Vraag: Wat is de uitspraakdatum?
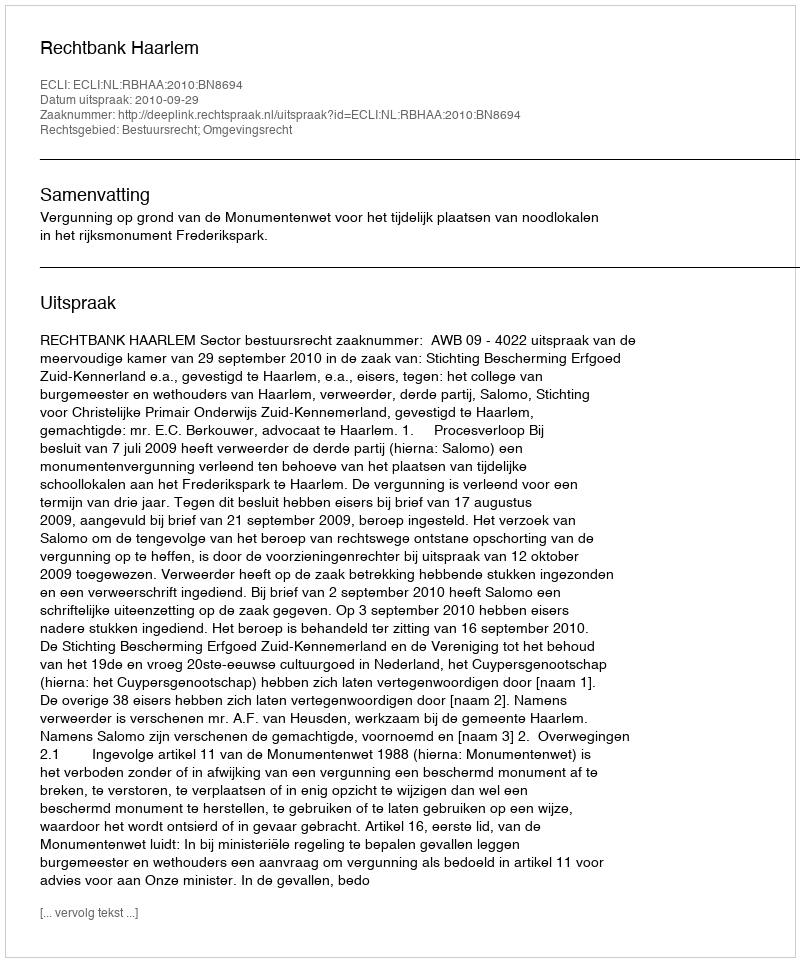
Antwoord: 2010-09-29